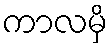
ကာလမှိ